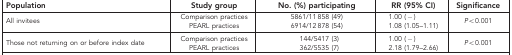
<table><thead><tr><td><b>Population</b></td><td><b>Study group</b></td><td><b>No. (%) participating</b></td><td><b>RR(95% CI)</b></td><td><b>Significance</b></td></tr></thead><tbody><tr><td>All invitees</td><td>Comparison practices</td><td>5861/11 858 (49)</td><td>1.00 (−)</td><td><i>P</i>&lt;0.001</td></tr><tr><td> </td><td>PEARL practices</td><td>6914/12 878 (54)</td><td>1.08 (1.05–1.11)</td><td> </td></tr><tr><td>Those not returning on or before index date</td><td>Comparison practices</td><td>144/5417 (3)</td><td>1.00 (−)</td><td><i>P</i>&lt;0.001</td></tr><tr><td> </td><td>PEARL practices</td><td>362/5535 (7)</td><td>2.18 (1.79–2.66)</td><td> </td></tr></tbody></table>